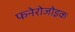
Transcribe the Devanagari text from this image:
फनेरोजोइक